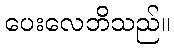
ပေးလေဘိသည်။